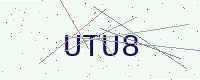
Text: UTU8